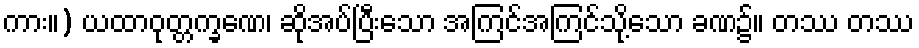
ကား။) ယထာဝုတ္တက္ခဏေ၊ ဆိုအပ်ပြီးသော အကြင်အကြင်သို့သော ခဏ၌။ တဿ တဿ